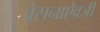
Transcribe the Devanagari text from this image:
बेसनाऐवजी